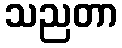
သညတာ